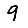
Digit: 9